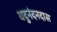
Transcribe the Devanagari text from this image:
यदुनंदनदास